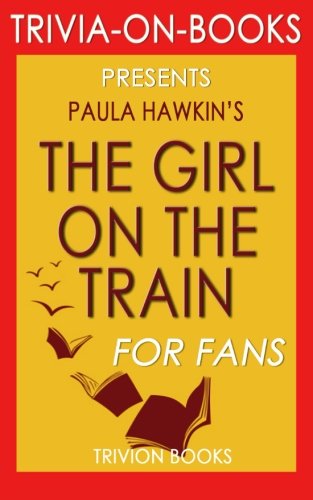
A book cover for The Girl on the Train: A Novel by Paula Hawkins (Trivia-On-Books); Trivion Books; Humor & Entertainment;